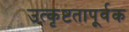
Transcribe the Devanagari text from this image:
उत्कृष्टतापूर्वक